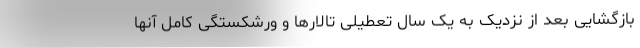
بازگشایی بعد از نزدیک به یک سال تعطیلی تالارها و ورشکستگی کامل آنها